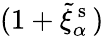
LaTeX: (1+\tilde{\xi}_{\alpha}^{\mathrm{~s~}})